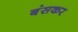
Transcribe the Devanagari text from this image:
बंसकर